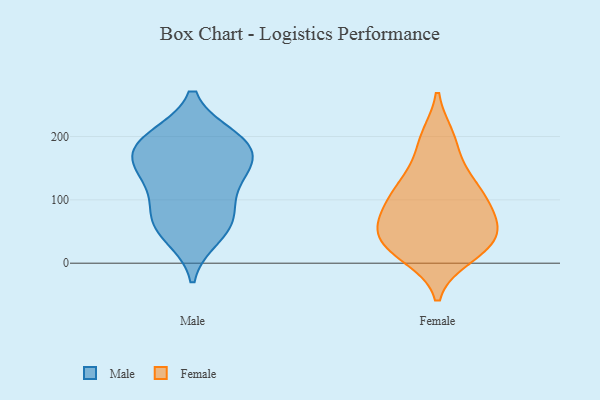
{"axis": {"x": "Temperature (°C)", "y": "Value"}, "legend": ["Female", "Male"], "data": [{"x": "", "y": 135, "type": "Male"}, {"x": "", "y": 123, "type": "Male"}, {"x": "", "y": 198, "type": "Male"}, {"x": "", "y": 174, "type": "Male"}, {"x": "", "y": 193, "type": "Male"}, {"x": "", "y": 157, "type": "Male"}, {"x": "", "y": 82, "type": "Male"}, {"x": "", "y": 43, "type": "Male"}, {"x": "", "y": 196, "type": "Male"}, {"x": "", "y": 59, "type": "Male"}, {"x": "", "y": 69, "type": "Male"}, {"x": "", "y": 162, "type": "Male"}, {"x": "", "y": 41, "type": "Female"}, {"x": "", "y": 197, "type": "Female"}, {"x": "", "y": 24, "type": "Female"}, {"x": "", "y": 123, "type": "Female"}, {"x": "", "y": 129, "type": "Female"}, {"x": "", "y": 49, "type": "Female"}, {"x": "", "y": 124, "type": "Female"}, {"x": "", "y": 191, "type": "Female"}, {"x": "", "y": 13, "type": "Female"}, {"x": "", "y": 64, "type": "Female"}, {"x": "", "y": 77, "type": "Female"}, {"x": "", "y": 34, "type": "Female"}, {"x": "", "y": 88, "type": "Female"}, {"x": "", "y": 91, "type": "Female"}, {"x": "", "y": 26, "type": "Female"}]}